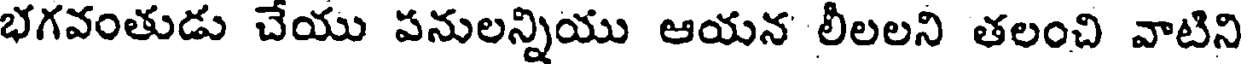
భగవంతుడు చేయు పనులన్నియు ఆయన లీలలని తలంచి వాటిని